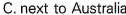
C. next to Australia